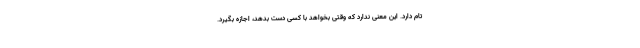
تام دارد. این معنی ندارد که وقتی بخواهد با کسی دست بدهد، اجازه بگیرد.